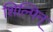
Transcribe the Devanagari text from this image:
शिल्पिन्